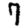
Digit: 7